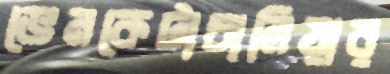
ভেনকেটাচালিয়ার